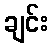
ချင်း